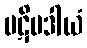
ပဋိပဒါယံ